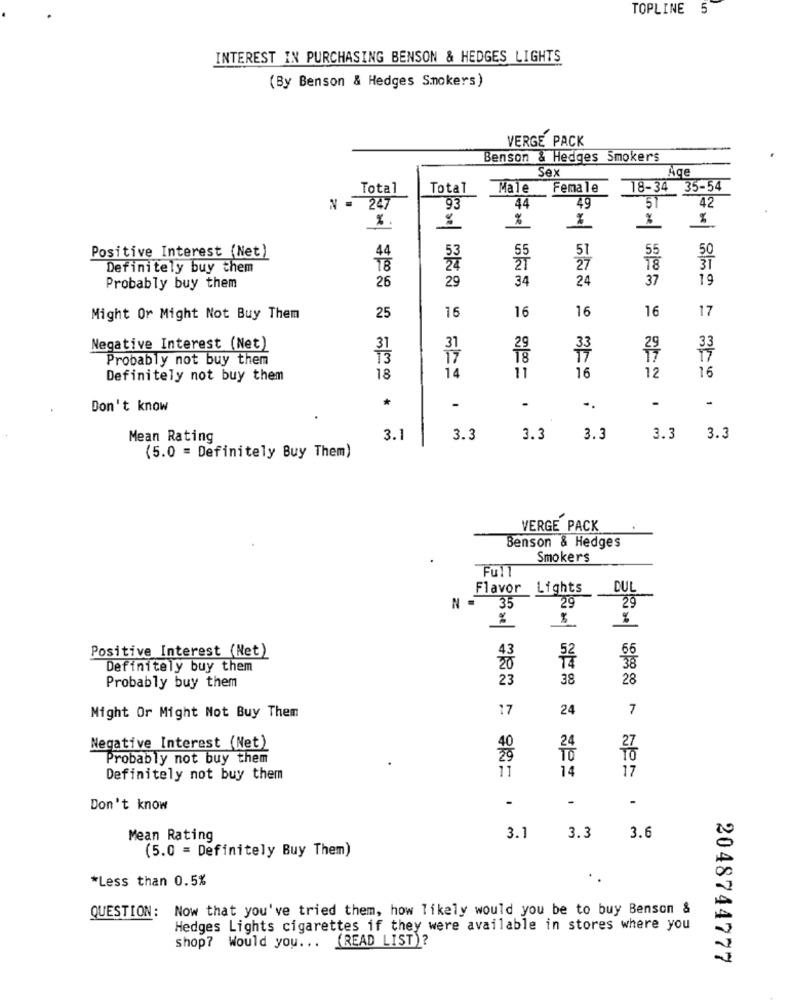
TOPLINE 5
INTEREST IN PURCHASING BENSON & HEDGES LIGHTS
(By Benson & Hedges Smokers)
VERGE PACK
Benson & Hedges Smokers
Sex
Total
Total
Male Female
18-34 35-54
93
49
51
42
N = 247
44
%
%
%
44
51
Positive Interest (Net)
53
50
Definitely buy them
18
27
26
29
34
24
37
19
Probably buy them
25
16
16
16
16
17
Might Or Might Not Buy Them
Negative Interest (Net)
31
29
33
Probably not buy them
13
TT
28
3
16
Definitely not buy them
18
14
11
16
12
-
Don't know
*
-
.
-.
-
Mean Rating
3.1
3.3
3.3
3.3
3.3
3.3
(5.0 = Definitely Buy Them)
VERGE PACK
Benson & Hedges
Smokers
Full
Flavor
Lights
DUL
35
29
29
%
%
43
66
Positive Interest (Net)
52
Definitely buy them
20
38
23
38
28
Probably buy them
17
24
7
Might Or Might Not Buy Them
Negative Interest (Net)
Probably not buy them
14
Definitely not buy them
17
Ne=
-
Don't know
1
Mean Rating
3.1
3.3
3.6
(5.0 = Definitely Buy Them)
*Less than 0.5%
QUESTION: Now that you've tried them, how likely would you be to buy Benson &
Hedges Lights cigarettes if they were available in stores where you
(READ LIST)?
shop? Would you ...
2048744777